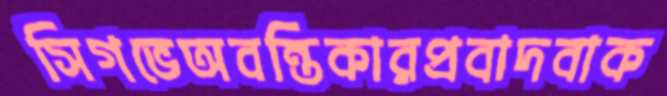
সিগভেঅবন্তিকারপ্রবাদবাক